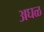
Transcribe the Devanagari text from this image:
अघळ